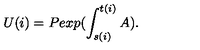
U ( i ) = P e x p ( \int _ { s ( i ) } ^ { t ( i ) } A ) .